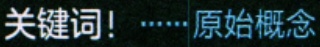
关键词！······原始概念